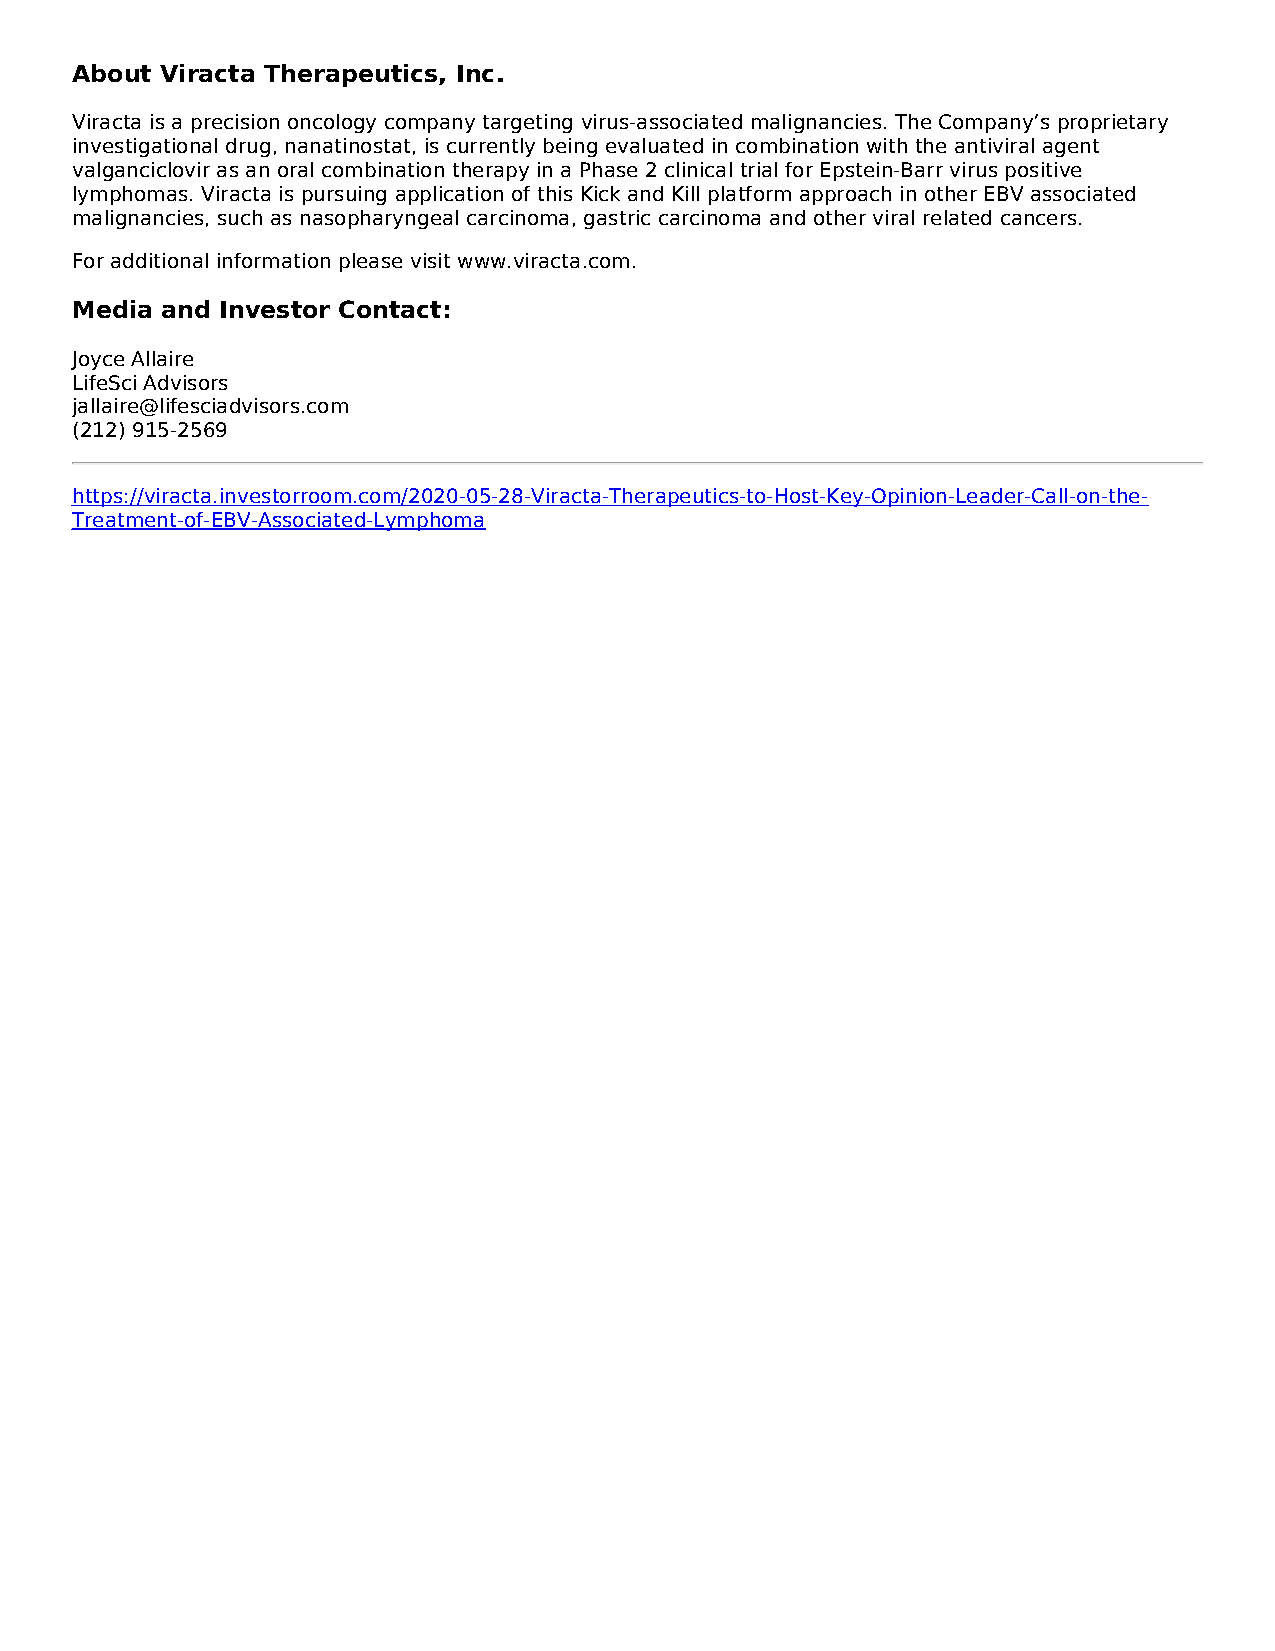
About Viracta Therapeutics, Inc.
 Viracta is a precision oncology company targeting virus-associated malignancies. The Company’s proprietary
 investigational drug, nanatinostat, is currently being evaluated in combination with the antiviral agent
 valganciclovir as an oral combination therapy in a Phase 2 clinical trial for Epstein-Barr virus positive
 lymphomas. Viracta is pursuing application of this Kick and Kill platform approach in other EBV associated
 malignancies, such as nasopharyngeal carcinoma, gastric carcinoma and other viral related cancers.
 For additional information please visit www.viracta.com.
 Media and Investor Contact:
 Joyce Allaire
 LifeSci Advisors
 jallaire@lifesciadvisors.com
 (212) 915-2569
 https://viracta.investorroom.com/2020-05-28-Viracta-Therapeutics-to-Host-Key-Opinion-Leader-Call-on-the-
 Treatment-of-EBV-Associated-Lymphoma